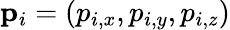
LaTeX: \mathbf{p}_{i}=(p_{i,x},p_{i,y},p_{i,z})